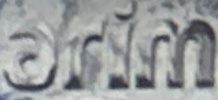
arim